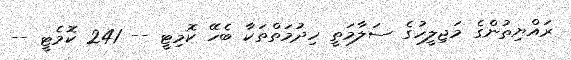
ރައްޔިތުންގެ މަޖިލީހުގެ ސަލާމަތީ ހިދުމަތްތަކާ ބެހޭ ކޮމިޓީ -- 241 ކޮމެޓީ --